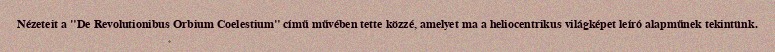
Nézeteit a "De Revolutionibus Orbium Coelestium" című művében tette közzé, amelyet ma a heliocentrikus világképet leíró alapműnek tekintünk.